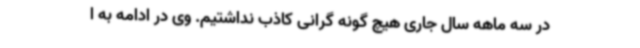
در سه ماهه سال جاری هیچ گونه گرانی کاذب نداشتیم. وی در ادامه به ا